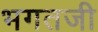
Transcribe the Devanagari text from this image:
भगतजी